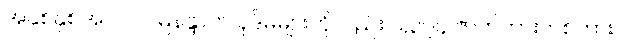
အနှစ်နှစ်အလလ မြနန္ဒာက ပုဒ်မများကိုလည်း ၁,၃၇၄ ဇာတ်ကားတစ်ကား